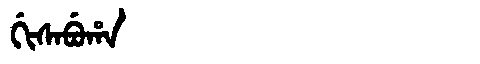
Manchu: ᡤᡳᠰᠠᠪᡠᡥᠠ
Romanization: GISABUHA